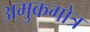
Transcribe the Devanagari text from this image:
अमुकगोत्र